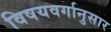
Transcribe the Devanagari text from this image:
विषयवर्गानुसार